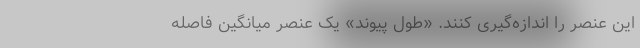
این عنصر را اندازه‌گیری کنند. «طول پیوند» یک عنصر میانگین فاصلهٔ